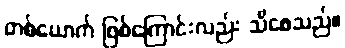
တစ်ယောက် ဖြစ်ကြောင်းလည်း သိစေသည်။